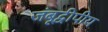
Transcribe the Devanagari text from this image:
जंबूद्वीपीय